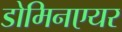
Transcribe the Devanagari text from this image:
डोमिनएयर